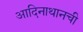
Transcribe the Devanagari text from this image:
आदिनाथानची